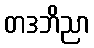
တဒဘိညာ